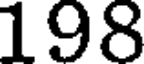
198